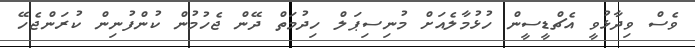
ވެސް ވިދާޅުވީ އެޗްޑީސީން ހުޅުމާލެއަށް މުނިސިޕަލް ހިދުމަތް ދޭން ޖެހުމުން ކުންފުނިން ކުރަންޖެހޭ